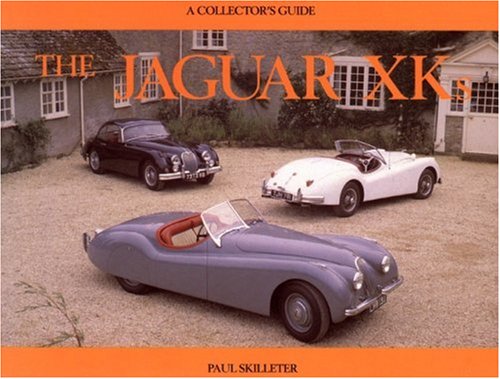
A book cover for The Jaguar XKs: A Collector's Guide; Paul Skilleter; Engineering & Transportation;